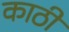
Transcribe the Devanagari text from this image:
काठीं